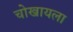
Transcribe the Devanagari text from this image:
चोखायला